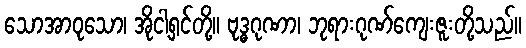
သောအာဝုသော၊ အိုငါ့ရှင်တို့။ ဗုဒ္ဓဂုဏာ၊ ဘုရားဂုဏ်ကျေးဇူးတို့သည်။